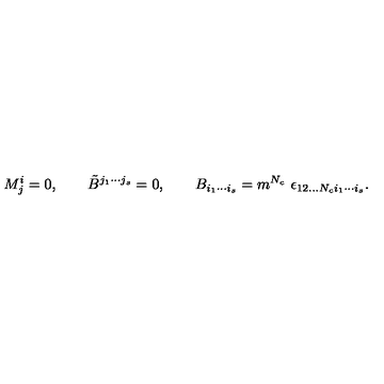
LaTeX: M _ { j } ^ { i } = 0 , \qquad \tilde { B } ^ { j _ { 1 } \cdots j _ { s } } = 0 , \qquad B _ { i _ { 1 } \cdots i _ { s } } = m ^ { N _ { c } } \ \epsilon _ { 1 2 . . . N _ { c } i _ { 1 } \cdots i _ { s } } .